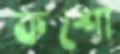
কশো